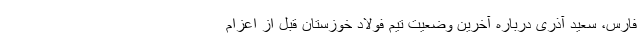
فارس، سعید آذری درباره آخرین وضعیت تیم فولاد خوزستان قبل از اعزام